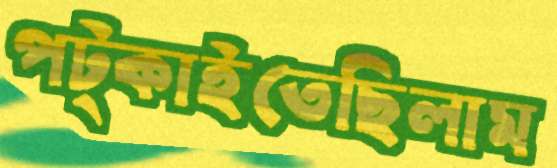
পট্‌কাইতেছিলাম